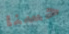
حسنا